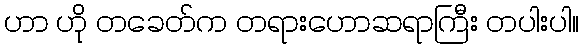
ဟာ ဟို တခေတ်က တရားဟောဆရာကြီး တပါးပါ။